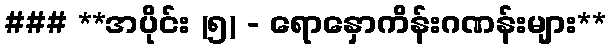
### **အပိုင်း (၅) - ရောနှောကိန်းဂဏန်းများ**